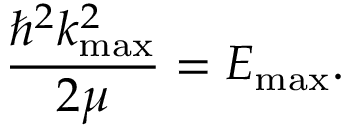
\frac { \hbar ^ { 2 } k _ { \mathrm { m a x } } ^ { 2 } } { 2 \mu } = E _ { \mathrm { m a x } } .